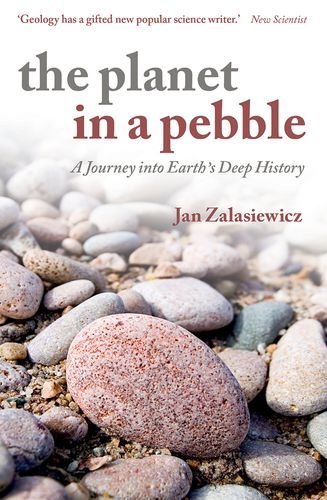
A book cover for The Planet in a Pebble: A journey into Earth's deep history; Jan Zalasiewicz; Sports & Outdoors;